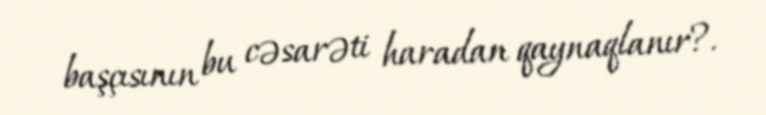
başçısının bu cəsarəti haradan qaynaqlanır?.